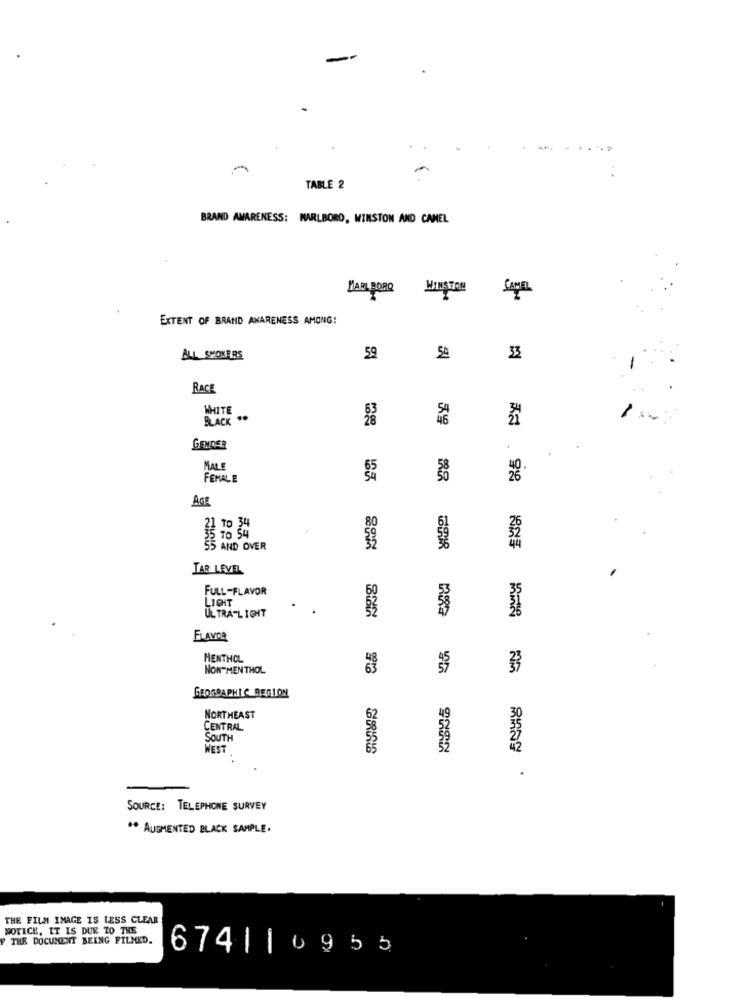
-
-
TABLE 2
BRAND AWARENESS: MARLBORO, WINSTON AND CAMEL
MARL BORQ
WINSTON
EXTENT OF BRAND AWARENESS AMONG!
ALL SMOKERS
59
5e
33
RACE
WHITE
BLACK ..
GENDER
MALE
FEMALE
AGE
80
TO 34
25
5 TO 54
5 AND OVER
TAR LEVEL
FULL-FLAVOR
35
LIGHT
38
ULTRA-LIGHT
FLAVOR
HENTHOL
NON-MENTHOL
3
GEOGRAPHIC REGION
62
49
30
NORTHEAST
CENTRAL
SOUTH
WEST
RANG
SOURCE: TELEPHONE SURVEY
** AUGMENTED BLACK SAMPLE.
THE FILM IMAGE IS LESS CLEAR
NOTICE, IT IS DUE TO THE
THE DOCUMENT BEING FILMED.
674|10955